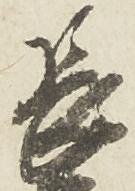
長